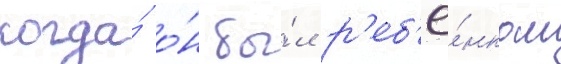
когда́ о́н бы́л р'еб'ё́нком